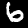
Label: 6